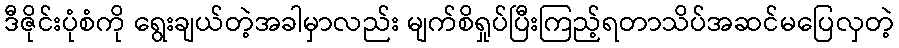
ဒီဇိုင်းပုံစံကို ရွေးချယ်တဲ့အခါမှာလည်း မျက်စိရှုပ်ပြီးကြည့်ရတာသိပ်အဆင်မပြေလှတဲ့